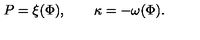
P = \xi ( \Phi ) , \qquad \kappa = - \omega ( \Phi ) .